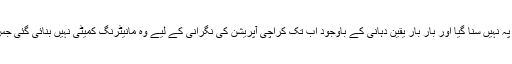
ایم کیو ایم کا کہنا ہے کہ اس کی شکایات کو کسی بھی پلیٹ فارم پہ نہیں سنا گیا اور بار بار یقین دہانی کے باوجود اب تک کراچی آپریشن کی نگرانی کے لیے وہ مانیٹرنگ کمیٹی نہیں بنائی گئی جس پر آپریشن کے آغاز سے قبل سیاسی جماعتوں نے اتفاق کیا تھا۔